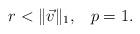
LaTeX: \begin{align*}r<\|\vec v\|_1, \;\;\;p = 1.\end{align*}